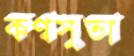
কণ্বসুতা